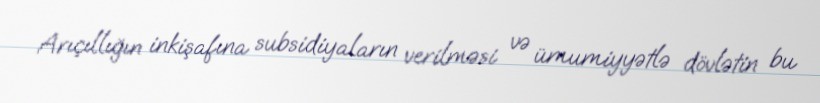
Arıçıllığın inkişafına subsidiyaların verilməsi və ümumiyyətlə dövlətin bu